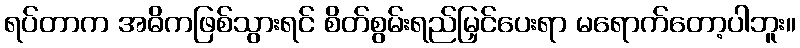
ရပ်တာက အဓိကဖြစ်သွားရင် စိတ်စွမ်းရည်မြှင်ပေးရာ မရောက်တော့ပါဘူး။